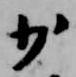
少